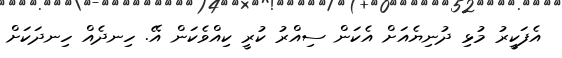
އެފަކީރު މުޅި ދުނިޔެއަށް އެކަން ސިއްރު ކުރީ ކިއްވެކަން އޭ. ހިނދެއް ހިނދަކަށް